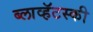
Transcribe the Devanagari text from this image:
ब्लाव्हॅटस्की